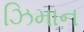
ઝિમાન